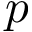
p